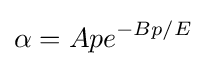
\alpha =Ape^{-Bp/E}